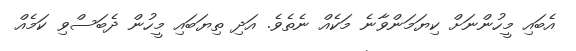
އެބައި މީހުންނަށް ކިޔަމަންވާނެ މަކެއް ނެތެވެ. އަދި ތިޔަބައި މީހުން ދެބަސްވި ކަމެއް